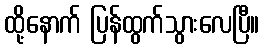
ထို့နောက် ပြန်ထွက်သွားလေပြီ။